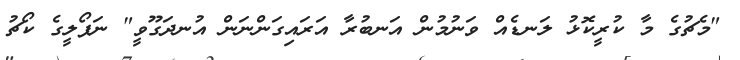
"މެޗުގެ މާ ކުރީކޮޅު ލަނޑެއް ވަނުމުން އަނބުރާ އަރައިގަންނަން އުނދަގޫވީ" ނަޕޯލީގެ ކޯޗު